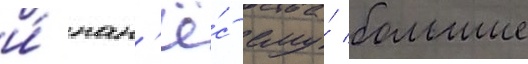
и́ нан'ё́с ему́ большие